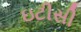
ઇટીસી